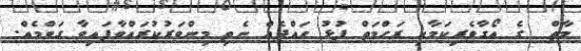
މާތް  ގެ އޯގާވެރިކަމާއި ރަޙްމަތް ފުޅު ހައްދެއް ނެތި މިންވަރުކުރައްވާފައިވާ ގަވްމެއް.